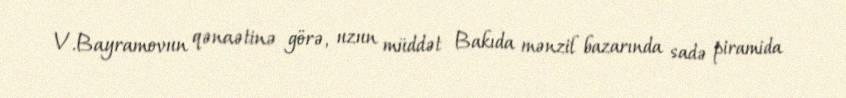
V.Bayramovun qənaətinə görə, uzun müddət Bakıda mənzil bazarında sadə piramida